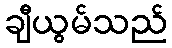
ချီယွမ်သည်